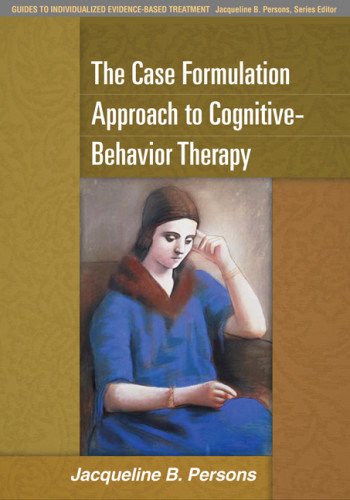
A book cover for The Case Formulation Approach to Cognitive-Behavior Therapy (Guides to Individualized Evidence-Based Treatment); Jacqueline B. Persons PhD; Medical Books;